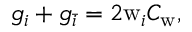
g _ { i } + g _ { \bar { i } } = 2 \mathrm { w } _ { i } C _ { \mathrm { w } } ,